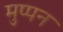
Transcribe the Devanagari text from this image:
मुप्पन